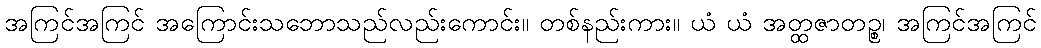
အကြင်အကြင် အကြောင်းသဘောသည်လည်းကောင်း။ တစ်နည်းကား။ ယံ ယံ အတ္ထဇာတဉ္စ၊ အကြင်အကြင်